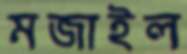
মজাইল